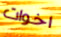
اخوات